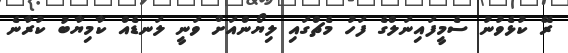
ރޭ ކުޅެވުނު ސެމީފައިނަލްގެ ފަހު މެޗްގައި ލިޔޯންއަށް ވަނީ ލަނޑެއް ކާމިޔާބު ކުރާނެ